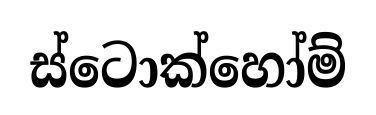
ස්ටොක්හෝම්